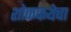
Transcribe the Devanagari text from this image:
शोककथेचा